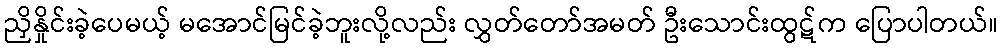
ညှိနှိုင်းခဲ့ပေမယ့် မအောင်မြင်ခဲ့ဘူးလို့လည်း လွှတ်တော်အမတ် ဦးသောင်းထွဋ်က ပြောပါတယ်။